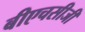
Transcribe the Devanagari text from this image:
बीएचसीजी